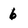
Character: 6